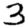
Digit: 3